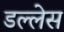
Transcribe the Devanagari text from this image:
डल्लेस